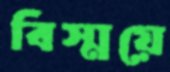
বিস্ময়ে